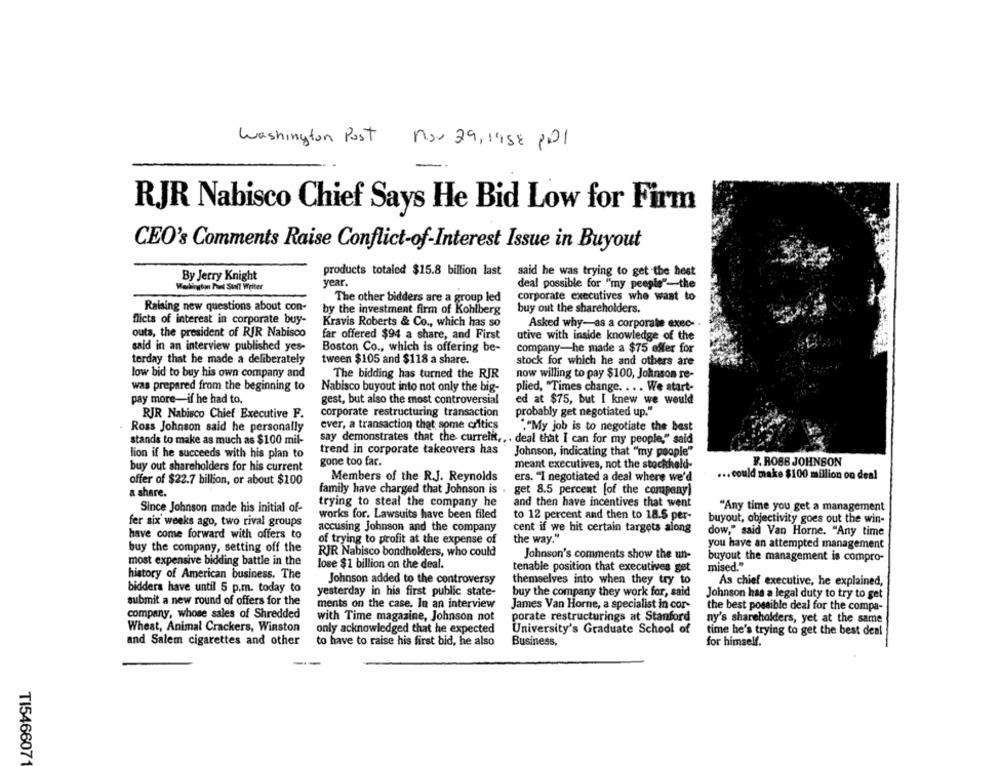
Washington Post
nov 29, 1958 po1
RJR Nabisco Chief Says He Bid Low for Firm
CEO's Comments Raise Conflict-of-Interest Issue in Buyout
By Jerry Knight
products totaled $15.8 billion last
said he was trying to get the hest
year.
Waslington Pont Staff Writer
deal possible for "my people"-the
The other bidders are a group led
corporate executives who want to
Raising new questions about con-
by the investment firm of Kohlberg
buy out the shareholders.
flicts of interest in corporate buy-
Kravis Roberts & Co ., which has so
Asked why-as a corporate exec-
outs, the president of RIR Nabisco
far offered $94 a share, and First
utive with inside knowledge of the
said in an interview published yes-
Boston Co ., which is offering be-
company-he made a $75 offer for
terday that he made a deliberately
tween $105 and $118 a share.
stock for which he and others are
low bid to buy his own company and
The bidding has turned the RJR
now willing to pay $100, Johnson re-
was prepared from the beginning to
Nabisco buyout into not only the big-
plied, "Times change. ... We start-
pay more-if he had to.
gest, but also the most controversial
ed at $75, but I knew we would
corporate restructuring transaction
probably get negotiated up."
RJR Nabisco Chief Executive F.
Ross Johnson said he personally
ever, a transaction that some critics
""My job is to negotiate the best
stands to make as much as $100 mil-
say demonstrates that the currein .. . deal that I can for my people," said
trend in corporate takeovers has
Johnson, indicating that "my people"
lion if he succeeds with his plan to
buy out shareholders for his current
gone too far.
meant executives, not the stockheld-
F. ROSB JOHNSON
... could make $100 million on deal
offer of $22.7 billion, or about $100
Members of the R.J. Reynolds
ers. "I negotiated a deal where we'd
family have charged that Johnson is
get 8.5 percent [of the company)
a share.
trying to steal the company he
and then have incentives that went
Since Johnson made his initial of-
"Any time you get a management
works for. Lawsuits have been filed
to 12 percent and then to 18.5 per-
buyout, objectivity goes out the win-
fer six weeks ago, two rival groups
accusing Johnson and the company
cent if we hit certain targets along
have come forward with offers to
dow," said Van Horne. "Any time
of trying to profit at the expense of
the way."
you have an attempted management
buy the company, setting off the
RJR Nabisco bondhoklers, who could
Johnson's comments show the un-
buyout the management is compro-
most expensive bidding battle in the
lose $1 billion on the deal.
tenable position that executives get
mised."
history of American business. The
Johnson added to the controversy
themselves into when they try to
As chief executive, he explained,
bidders have until 5 p.m. today to
yesterday in his first public state-
buy the company they work for, said
Johnson has a legal duty to try to get
submit a new round of offers for the
ments on the case. In an interview
James Van Horne, a specialist in cor-
the best possible deal for the compa-
company, whose sales of Shredded
with Time magazine, Johnson not
porate restructurings at Stanford
ny's shareholders, yet at the same
Wheat, Animal Crackers, Winston
only acknowledged that he expected
University's Graduate School of
time he's trying to get the best deal
and Salem cigarettes and other
to have to raise his first bid, he also
Business,
for himself.
TI546607